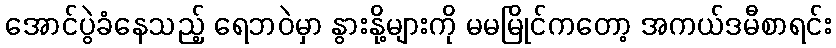
အောင်ပွဲခံနေသည့် ရေဘဝဲမှာ နွားနို့များကို မမမြိုင်ကတော့ အကယ်ဒမီစာရင်း